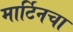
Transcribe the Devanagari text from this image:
मार्टिनचा